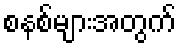
စနစ်များအတွက်